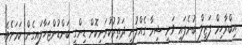
އިބްރާހިމް ފަޒީލް ބުނެފައި ވަނީ ޝިމާ ގެއްލުނީ ދަތުރުކުރަނިކޮށް ޑިންގީ ބަންޑުންޖަހާލައިގެން ކަމަށެވެ.